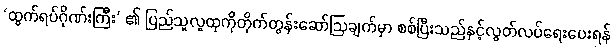
‘ထွက်ရပ်ဂိုဏ်းကြီး’ ၏ ပြည်သူလူထုကိုတိုက်တွန်းဆော်ဩချက်မှာ စစ်ပြီးသည်နှင့်လွတ်လပ်ရေးပေးရန်